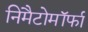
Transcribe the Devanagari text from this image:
निमैटोमॉर्फा